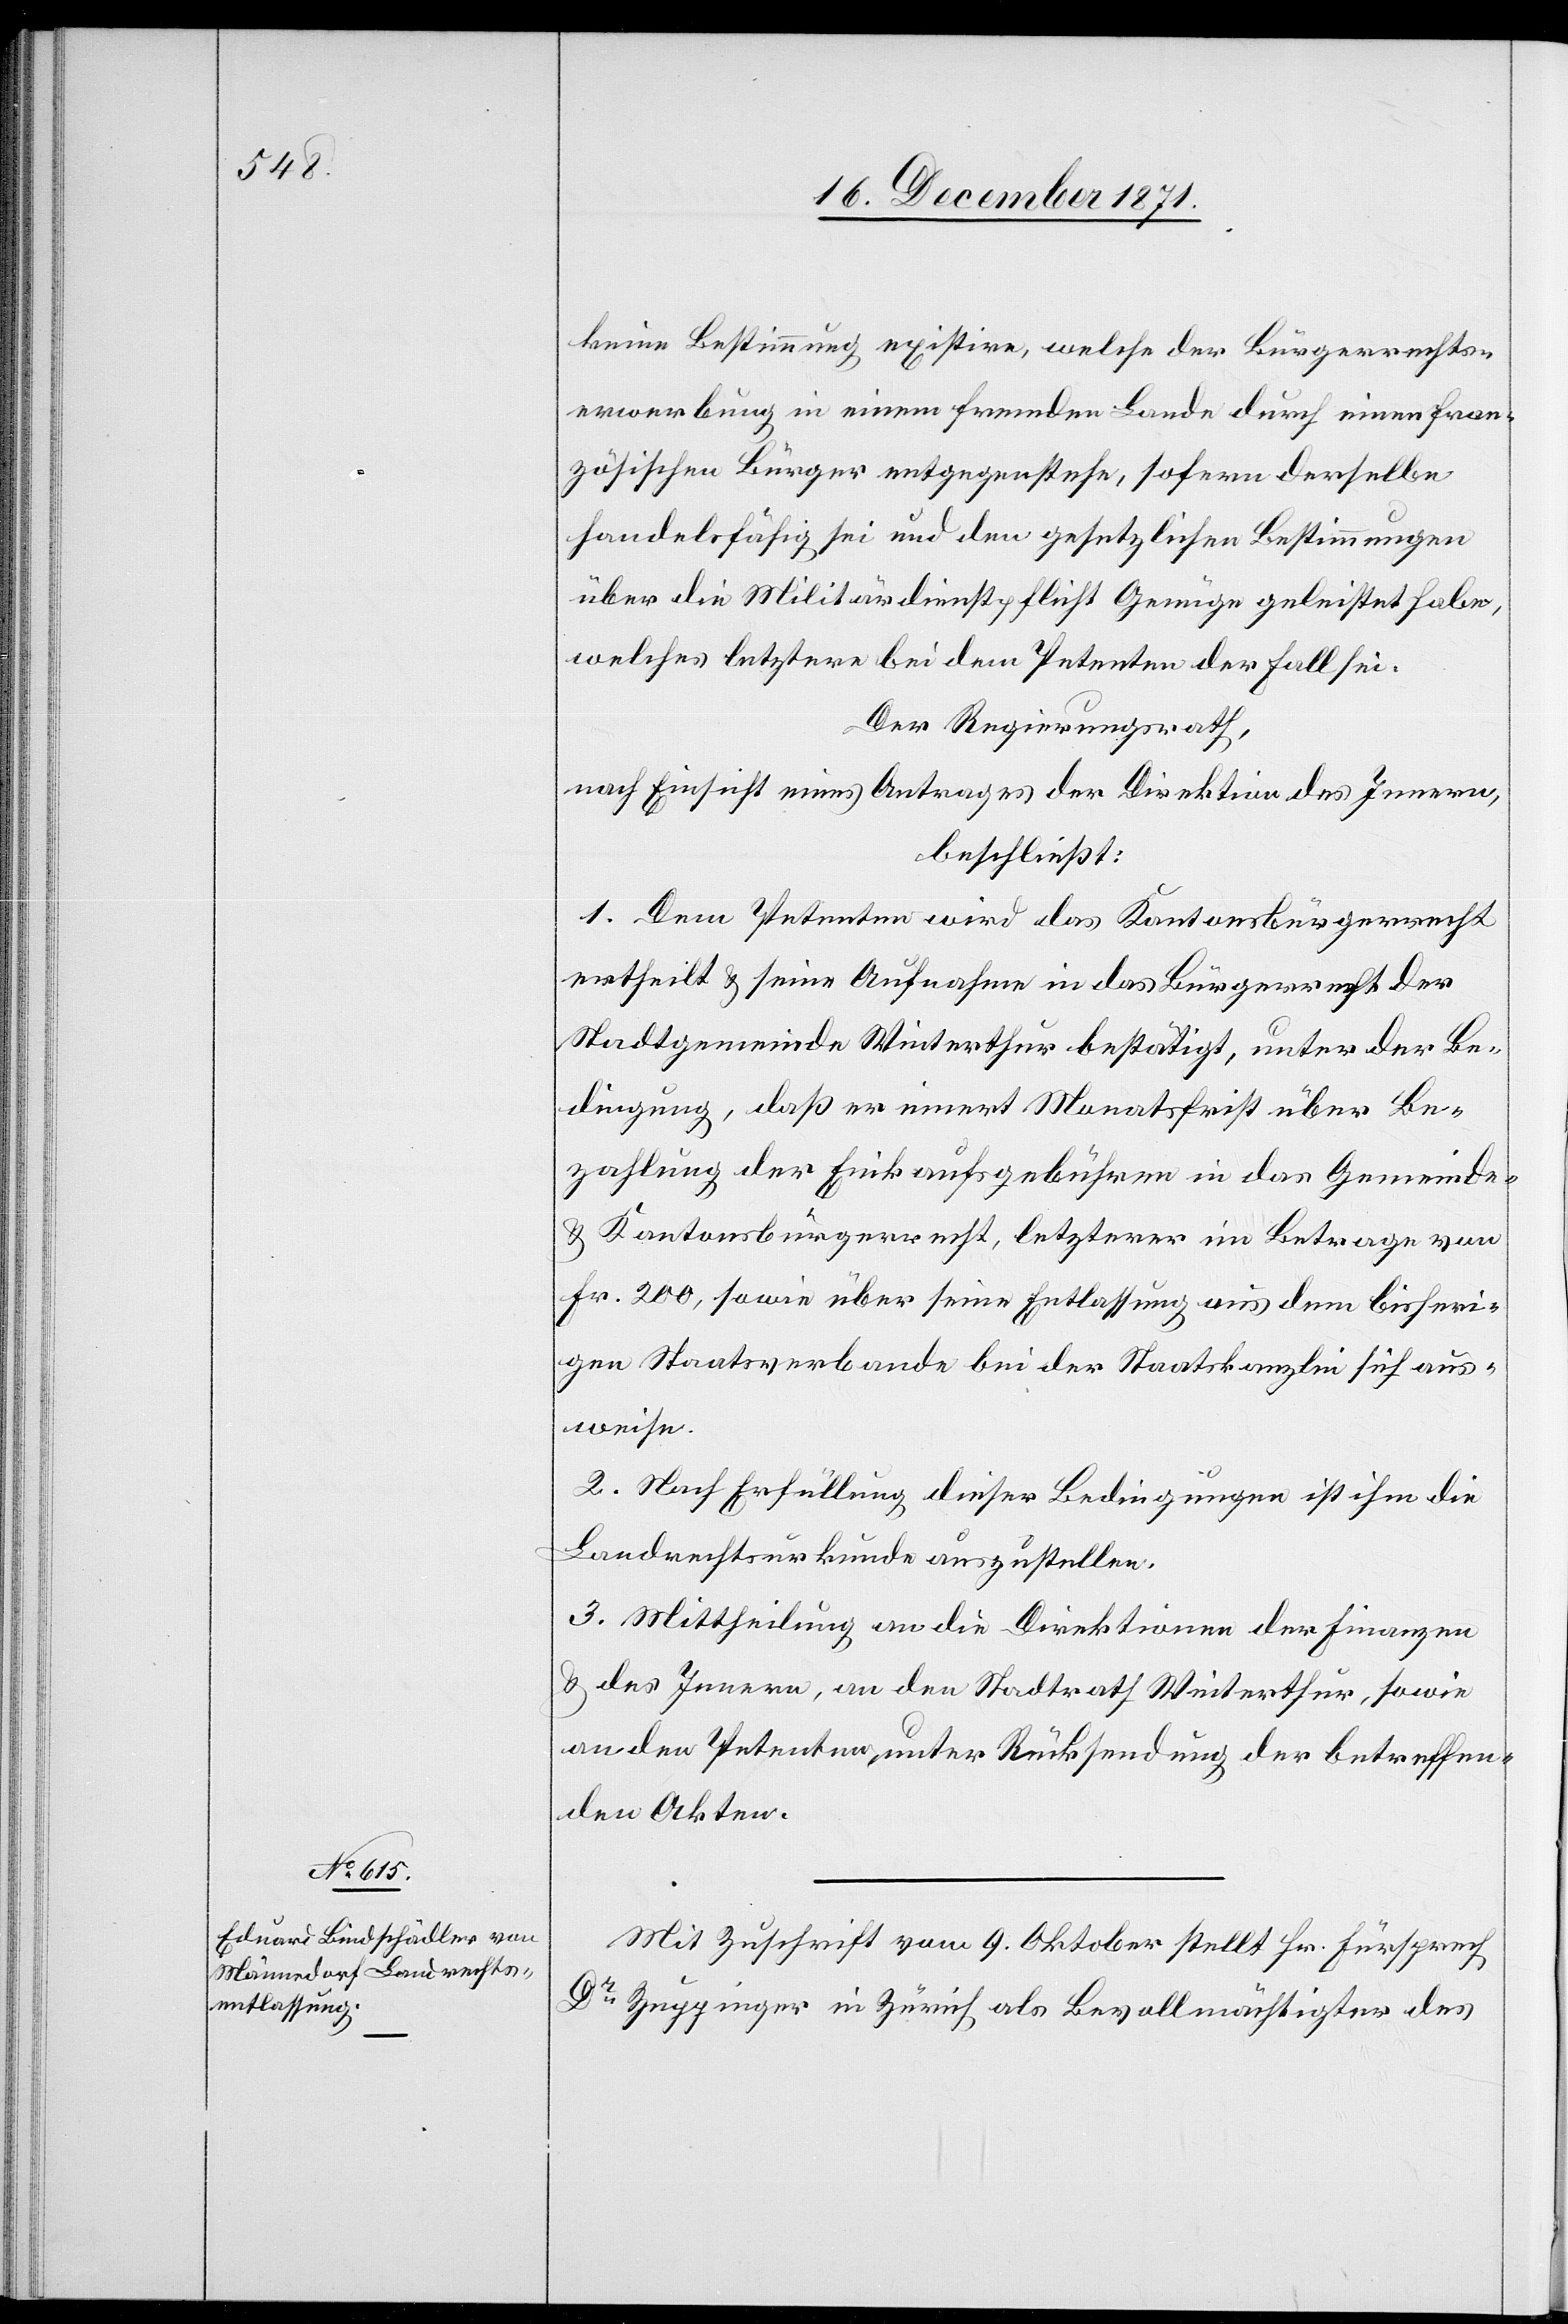
Mit Zuschrift vom 9. Oktober stellt Hr. Fürsprech
Dr. Zuppinger in Zürich als Bevollmächtigter des